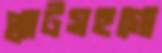
প্ল্যাটসহগো